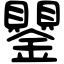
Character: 鑍